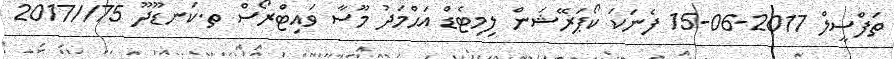
ތަފްސީލް 2017-06-15 ފެނަކަ ކޯޕަރޭޝަން ލިމިޓެޑް އަޙްމަދު މޫސާ ވައިޓްރޯސް ތ.ކަނޑޫދޫ 75//2017